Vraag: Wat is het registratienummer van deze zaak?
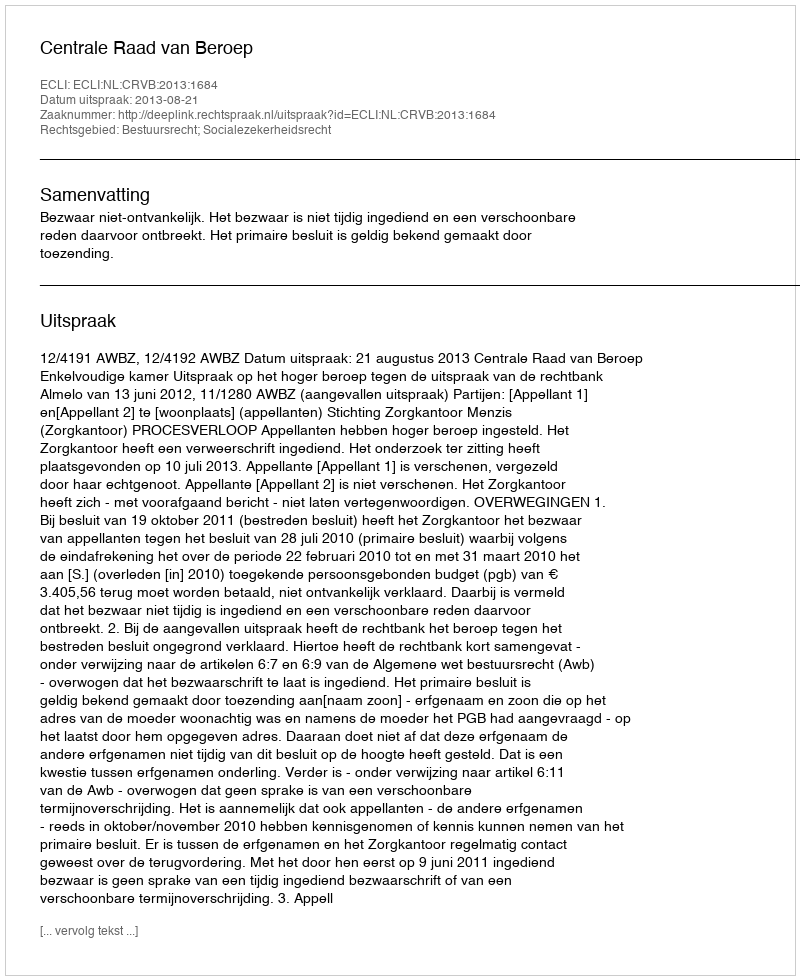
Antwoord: http://deeplink.rechtspraak.nl/uitspraak?id=ECLI:NL:CRVB:2013:1684